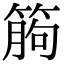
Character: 𥯷